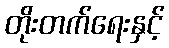
တိုးတက်ရေးနှင့်